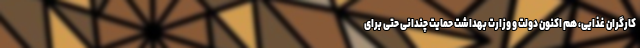
کارگران غذایی، هم اکنون دولت و وزارت بهداشت حمایت چندانی حتی برای